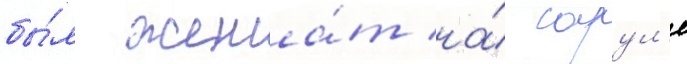
бы́л жена́т на́ сарул'е